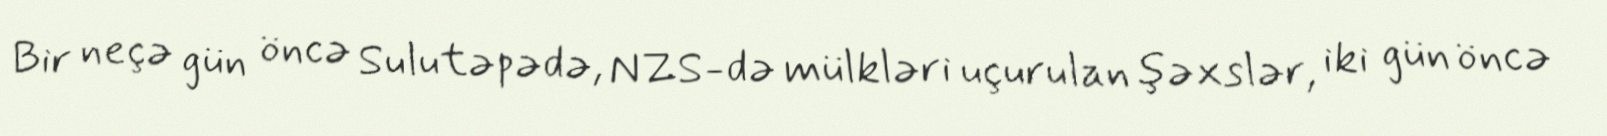
Bir neçə gün öncə Sulutəpədə, NZS-də mülkləri uçurulan şəxslər, iki gün öncə